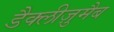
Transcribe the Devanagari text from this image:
डैक्लीज़ुमैब